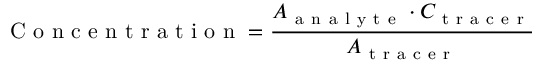
\mathrm { ~ C ~ o ~ n ~ c ~ e ~ n ~ t ~ r ~ a ~ t ~ i ~ o ~ n ~ } = \frac { A _ { \mathrm { ~ a ~ n ~ a ~ l ~ y ~ t ~ e ~ } } \cdot C _ { \mathrm { ~ t ~ r ~ a ~ c ~ e ~ r ~ } } } { A _ { \mathrm { ~ t ~ r ~ a ~ c ~ e ~ r ~ } } }